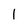
Character: 1